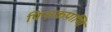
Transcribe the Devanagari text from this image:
पिनाकपाणि